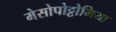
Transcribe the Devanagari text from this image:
मेसोपोट्टोमिया